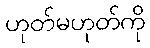
ဟုတ်မဟုတ်ကို